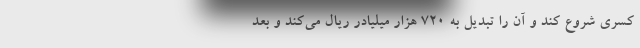
کسری شروع کند و آن را تبدیل به ۷۲۰ هزار میلیادر ریال می‌کند و بعد